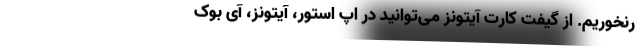
رنخوریم. از گیفت کارت آیتونز می‌توانید در اپ استور، آیتونز، آی بوک